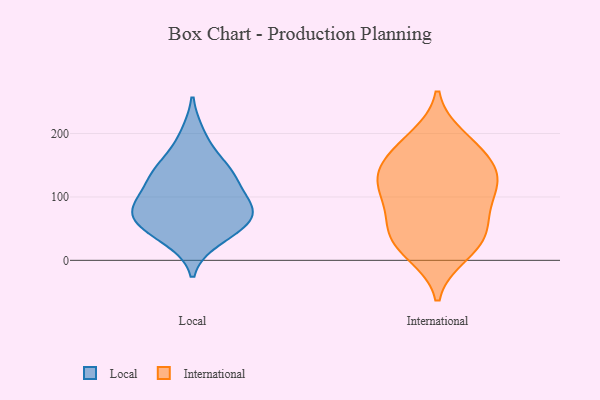
{"axis": {"x": "Production Output", "y": "Value"}, "legend": ["International", "Local"], "data": [{"x": "", "y": 60, "type": "Local"}, {"x": "", "y": 76, "type": "Local"}, {"x": "", "y": 129, "type": "Local"}, {"x": "", "y": 83, "type": "Local"}, {"x": "", "y": 197, "type": "Local"}, {"x": "", "y": 88, "type": "Local"}, {"x": "", "y": 87, "type": "Local"}, {"x": "", "y": 136, "type": "Local"}, {"x": "", "y": 154, "type": "Local"}, {"x": "", "y": 34, "type": "Local"}, {"x": "", "y": 45, "type": "Local"}, {"x": "", "y": 132, "type": "Local"}, {"x": "", "y": 64, "type": "Local"}, {"x": "", "y": 177, "type": "International"}, {"x": "", "y": 44, "type": "International"}, {"x": "", "y": 35, "type": "International"}, {"x": "", "y": 174, "type": "International"}, {"x": "", "y": 138, "type": "International"}, {"x": "", "y": 193, "type": "International"}, {"x": "", "y": 10, "type": "International"}, {"x": "", "y": 134, "type": "International"}, {"x": "", "y": 77, "type": "International"}, {"x": "", "y": 101, "type": "International"}, {"x": "", "y": 52, "type": "International"}, {"x": "", "y": 103, "type": "International"}, {"x": "", "y": 20, "type": "International"}, {"x": "", "y": 130, "type": "International"}, {"x": "", "y": 134, "type": "International"}]}